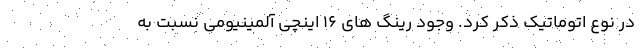
در نوع اتوماتیک ذکر کرد. وجود رینگ های 16 اینچی آلمینیومی نسبت به